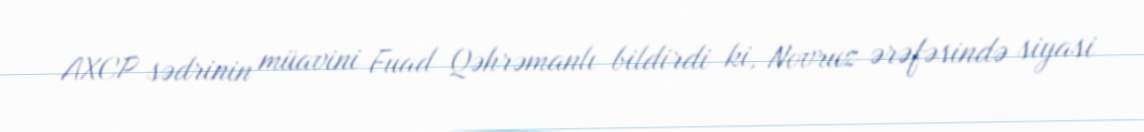
AXCP sədrinin müavini Fuad Qəhrəmanlı bildirdi ki, Novruz ərəfəsində siyasi